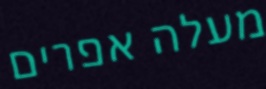
מעלה אפרים